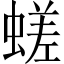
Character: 𧏞